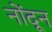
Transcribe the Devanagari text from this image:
नोंदून